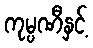
ကုမ္ပဏီနှင့်